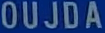
OUJDA